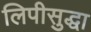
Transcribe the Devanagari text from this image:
लिपीसुद्धा